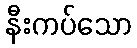
နီးကပ်သော